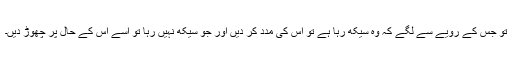
تو جس کے رویے سے لگے کہ وہ سیکھ رہا ہے تو اس کی مدد کر دیں اور جو سیکھ نہیں رہا تو اسے اس کے حال پر چھوڑ دیں۔